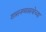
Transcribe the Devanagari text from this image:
शासनव्यवस्थेच्या